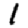
Digit: 1